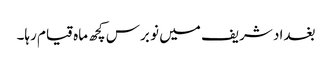
بغداد شریف میں نو برس کچھ ماہ قیام رہا۔